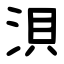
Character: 浿